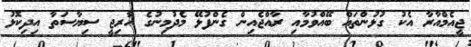
ޖީއެމްއާރާ އެކު ގުޅުންތައް ބޭއްވުމާއި ރާއްޖެއިން ގެންފުޅޭ މެދުމިނުގެ ހާރިޖީ ސިޔާސަތާ އިދިކޮޅު